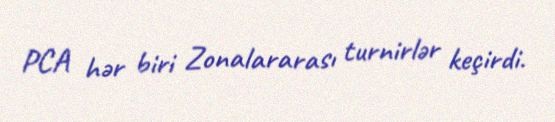
PCA hər biri Zonalararası turnirlər keçirdi.